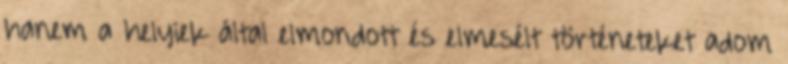
hanem a helyiek által elmondott és elmesélt történeteket adom